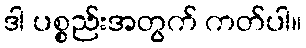
ဒါ ပစ္စည်းအတွက် ကတ်ပါ။